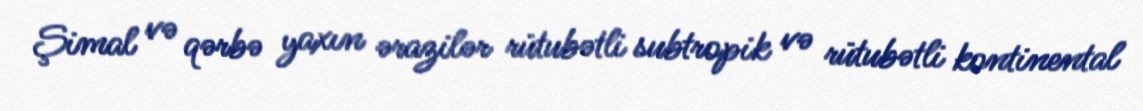
Şimal və qərbə yaxın ərazilər rütubətli subtropik və rütubətli kontinental